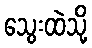
သွေးထဲသို့